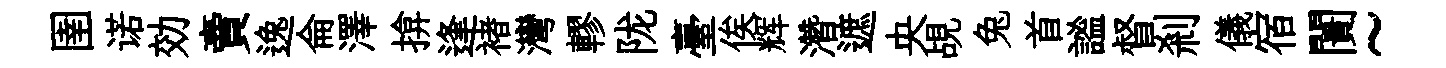
圉诺効賣逸侖澤揜逢褚灣轇陇臺俟辉濳遮央覘兔首謐督剎儀宿闠~